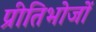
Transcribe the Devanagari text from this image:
प्रीतिभोजों